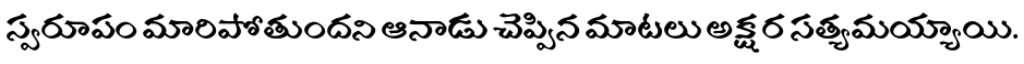
స్వరూపం మారిపోతుందని ఆనాడు చెప్పిన మాటలు అక్షర సత్యమయ్యాయి.